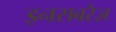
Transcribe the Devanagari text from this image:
इनसबरेज़